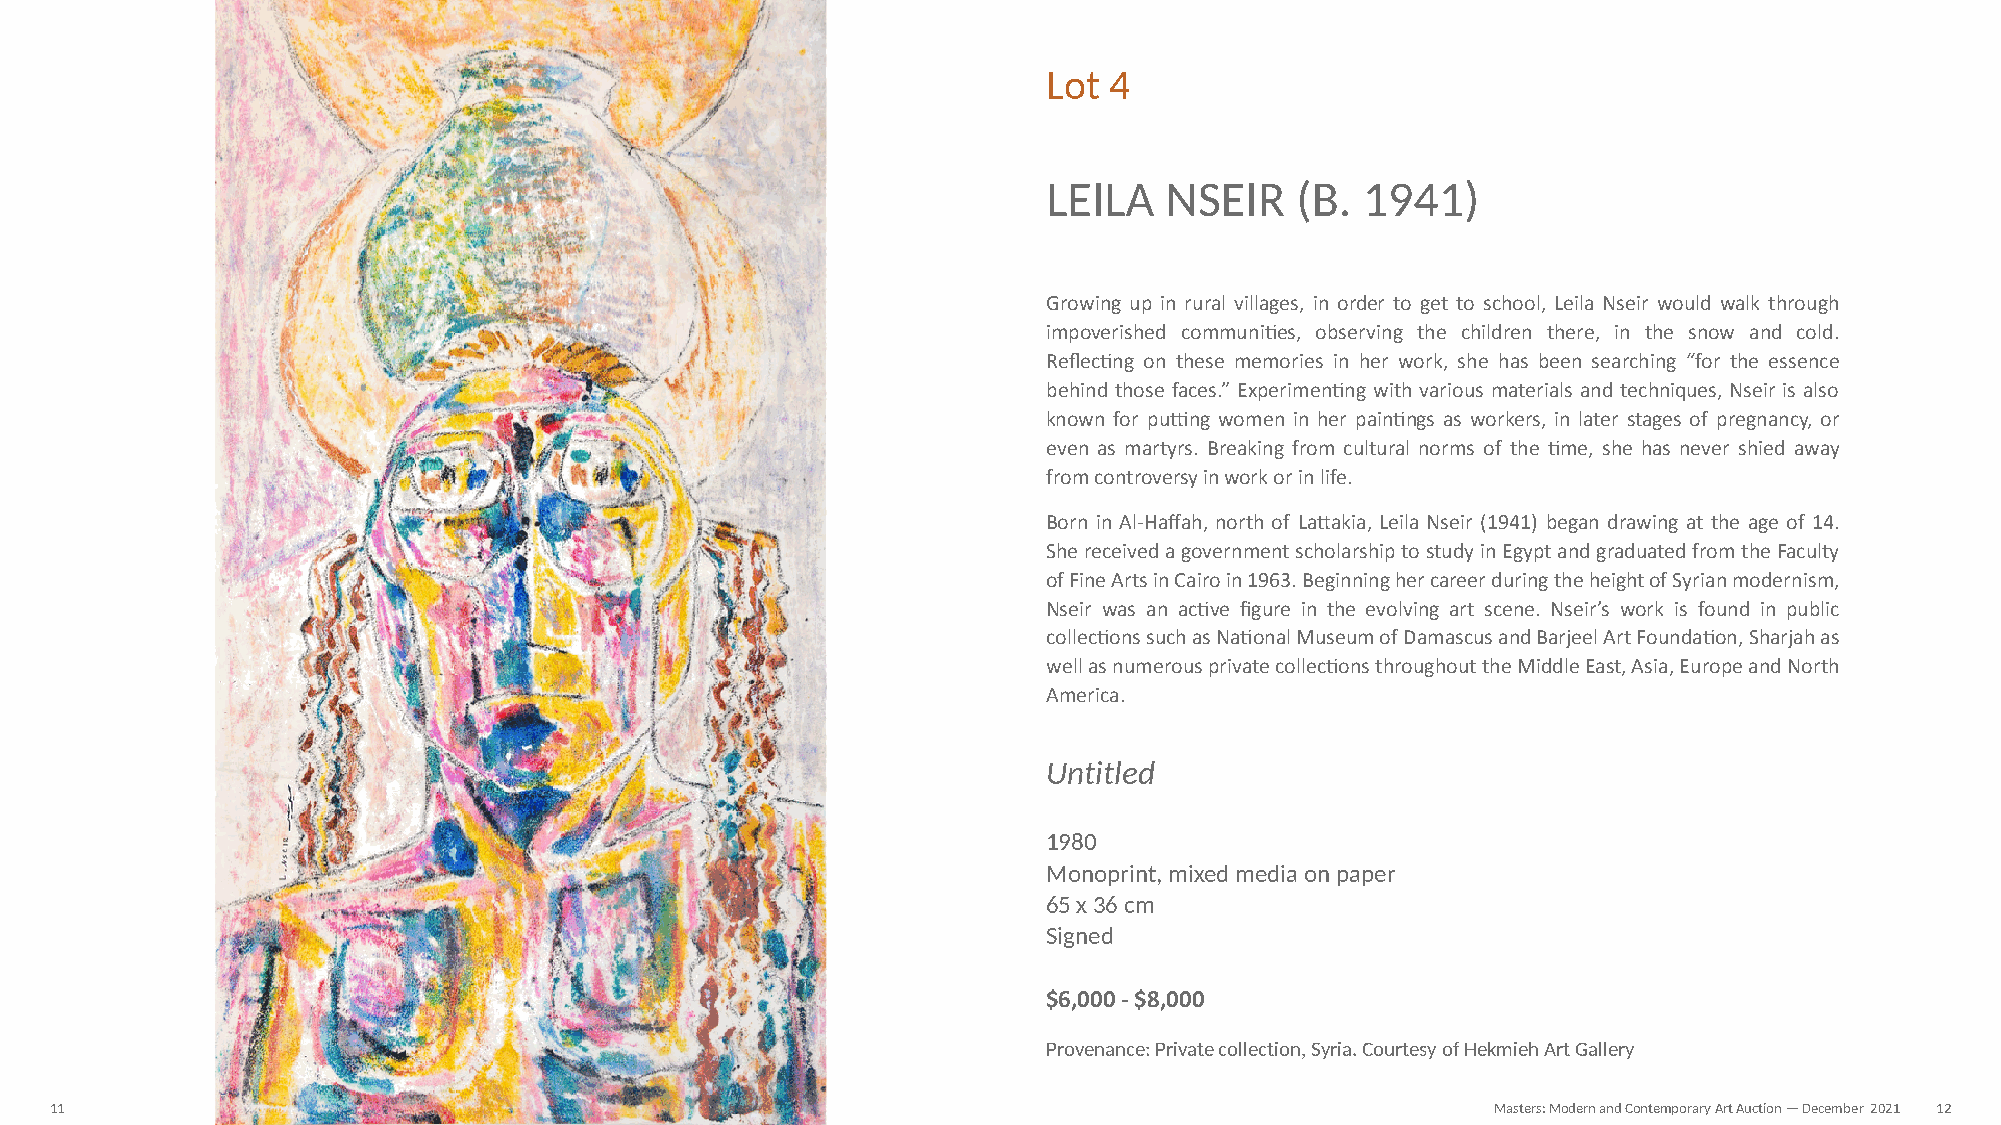
Lot 4
 LEILA   NSEIR    (B. 1941)
 Growing up in rural villages, in order to get to school, Leila Nseir would walk through
 impoverished communiNes, observing the children there, in the snow and cold.
 ReflecNng on these memories in her work, she has been searching “for the essence
 behind those faces.” ExperimenNng with various materials and techniques, Nseir is also
 known for pukng women in her painNngs as workers, in later stages of pregnancy, or
 even as martyrs. Breaking from cultural norms of the Nme, she has never shied away
 from controversy in work or in life.
 Born in Al-Haffah, north of LaZakia, Leila Nseir (1941) began drawing at the age of 14.
 She received a government scholarship to study in Egypt and graduated from the Faculty
 of Fine Arts in Cairo in 1963. Beginning her career during the height of Syrian modernism,
 Nseir was an acNve figure in the evolving art scene. Nseir’s work is found in public
 collecNons such as NaNonal Museum of Damascus and Barjeel Art FoundaNon, Sharjah as
 well as numerous private collecNons throughout the Middle East, Asia, Europe and North
 America.
 Untitled
 1980
 Monoprint, mixed media on paper
 65 x 36 cm
 Signed
 $6,000 - $8,000
 Provenance: Private collection, Syria. Courtesy of Hekmieh Art Gallery
 11                                                                                              Masters: Modern and Contemporary Art Auction — December 2021 12